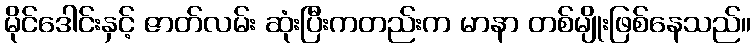
မိုင်ဒေါင်းနှင့် ဇာတ်လမ်း ဆုံးပြီးကတည်းက မာနာ တစ်မျိုးဖြစ်နေသည်။